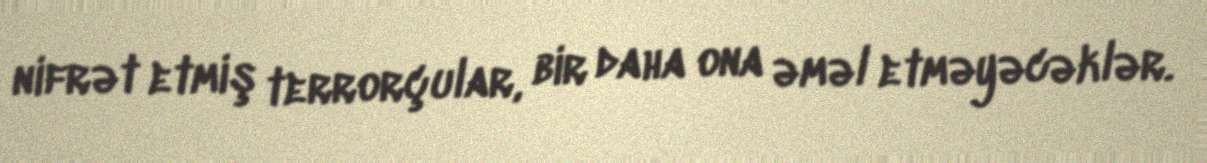
nifrət etmiş terrorçular, bir daha ona əməl etməyəcəklər.